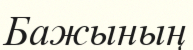
Бажының